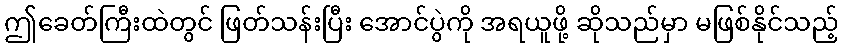
ဤခေတ်ကြီးထဲတွင် ဖြတ်သန်းပြီး အောင်ပွဲကို အရယူဖို့ ဆိုသည်မှာ မဖြစ်နိုင်သည့်